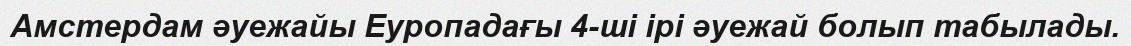
Амстердам әуежайы Еуропадағы 4-ші ірі әуежай болып табылады.